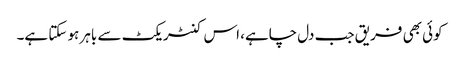
کوئی بھی فریق جب دل چاہے، اس کنٹریکٹ سے باہر ہو سکتا ہے۔